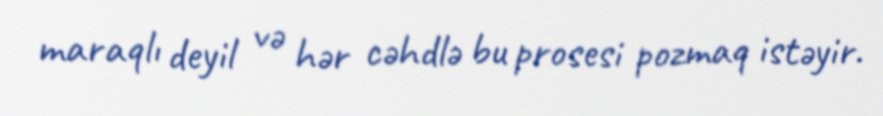
maraqlı deyil və hər cəhdlə bu prosesi pozmaq istəyir.